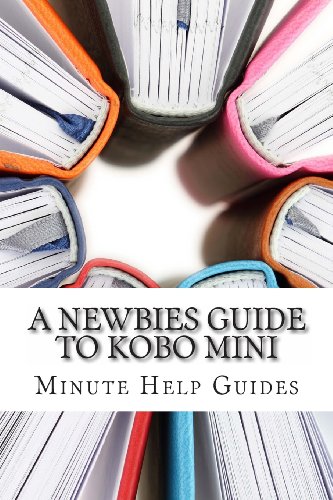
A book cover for A Newbies Guide to Kobo Mini: The Unofficial Guide; Minute Help Guides; Computers & Technology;